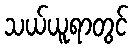
သယ်ယူရာတွင်